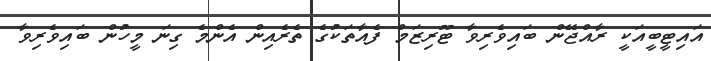
އައިޓީބީއަކީ ރާއްޖޭން ބައިވެރިވާ ޓޫރިޒަމް ފެއާތަކުގެ ތެރެއިން އެންމެ ގިނަ މީހުން ބައިވެރިވާ